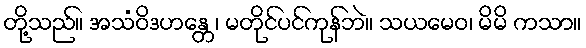
တို့သည်။ အသံဝိဒဟန္တေ၊ မတိုင်ပင်ကုန်ဘဲ။ သယမေဝ၊ မိမိ ကသာ။